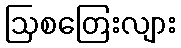
ဩစတြေးလျား